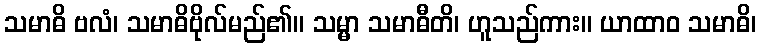
သမာဓိ ဗလံ၊ သမာဓိဗိုလ်မည်၏။ သမ္မာ သမာဓီတိ၊ ဟူသည်ကား။ ယာထာဝ သမာဓိ၊